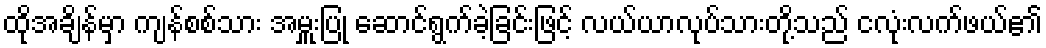
ထိုအချိန်မှာ ကျန်စစ်သား အမှူးပြု ဆောင်ရွက်ခဲ့ခြင်းဖြင့် လယ်ယာလုပ်သားတို့သည် ငလုံးလက်ဖယ်၏